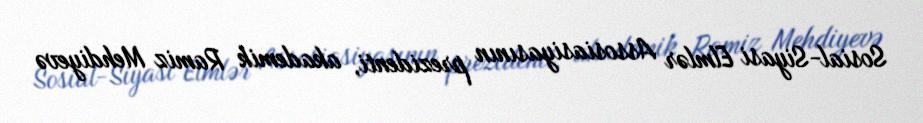
Sosial-Siyasi Elmlər Assosiasiyasının prezidenti, akademik Ramiz Mehdiyevə